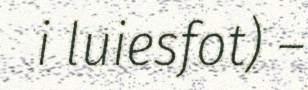
i luiesfot) –